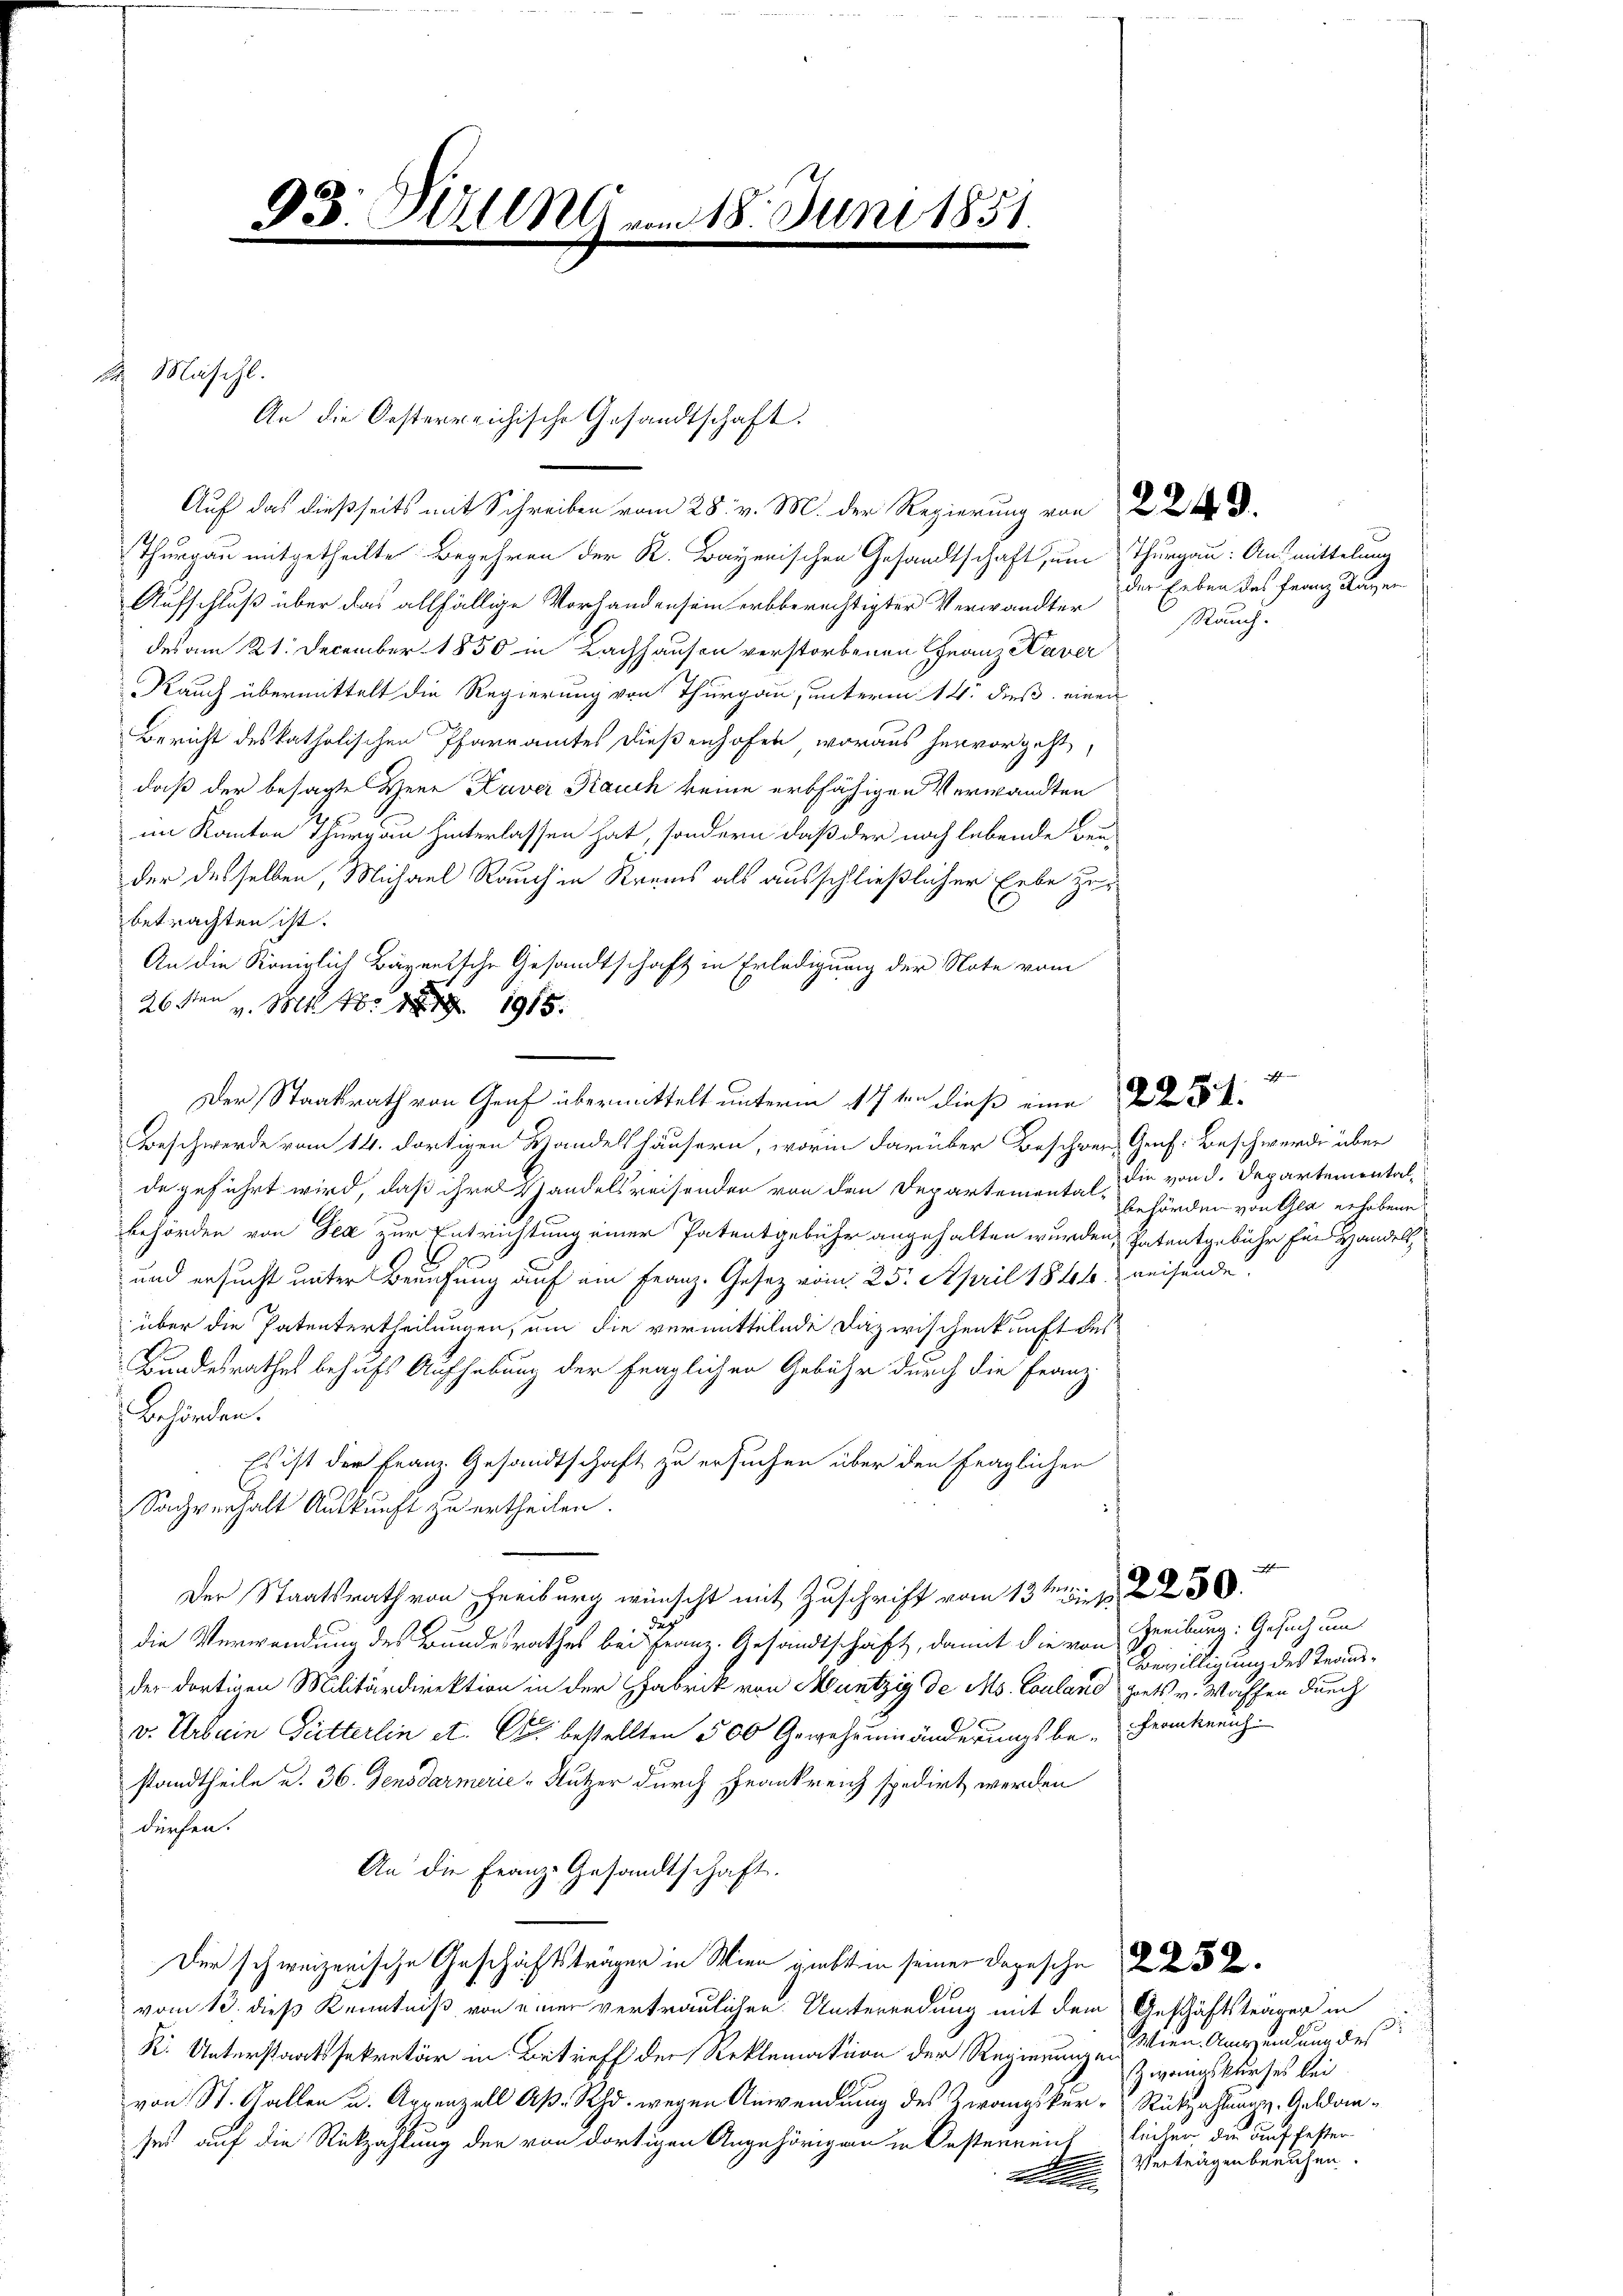
93. Mülln vom 18. Juni 1851.
e
.

2 Mäschl.
An die Oesterreichische Gesandtschaft.

Auf das dießseits mit Schreiben vom 28. v. M. der Regierung von
Thurgau mitgetheilte Begehren der K. Bayerischen Gesandtschaft, um Thurgau: Ausmittelung
Aufschluß über das allfällige Vorhandensein erbberechtigter Verwandter
des am 21. December 1850 in Lachhausen verstorbenen Franz Kaver
Rauch übermittelt die Regierung von Thurgau, unterm 14. dieß einen
Bericht des katholischen Pfarramtes dießenhofen, woraus hervorgeht,
daß der besagte Hene Kaver Kauch keine erbfähigen Verwandten
im Kanton Thurgau hinterlassen hat, sondern daß der noch lebende Beu
der desselben, Michael Rauch in Krams als ausschließlicher Erbe zur
betrachten ist.
An die Königlich Bärentsche Gesandtschaft in Erledigung der Note vom
26ten v. M. 1915
Beschwerde vom 14. dortigen Handelshäusern, worin darüber Beschwer, Genf. Beschwerde über
de geführt wird, daß ihres Handelsreisenden von den Departemental, die von d. Departemental
behörden von Fez zur Entrichtung einer Patentgebühr angehalten wurden, hatentgebühr für Handelt,
3
und ersucht unter Berufung auf ein Franz. Gesetz vom 25. April 1846. weisende
über die Patentertheilungen, um die vermittelnde Dazwischenkunft des
Bundesrathes behufs Aufhebung der fraglichen Gebühr durch die Franz¬
Behörden.
Es ist der Franz Gesandtschaft zu ersuchen über den fraglichen
Sachverhalt Auskunft zu ertheilen.
Der Staatsrath von Freiburg wünscht mit Zuschrift vom 13ten in
die Verwendung des Bandesrathes bei Franz. Gesandtschaft, damit die von Schreibung: Gesuch um
der dortigen Militärdirektion in der Fabrik von Muntzig de Ms. Couland ports v. Waffen durch
v. Urbain Gütterlin et. Er bestellten 500 Gewehrenänderungsbe-Frankreich
standtheile u. 36. Jensdarmerić - Nutzer durch Frankreich spedirt werden
dürfen.
An die Franz- Gesandtschaft.
Der schweizerische Geschäftsträgen in Wien giebt in seiner Depesche
vom 13. dieß Kenntniß von einer vertraulichen Unterendung mit dem Geschäftsträger in zu
R. Unterstaatssekretär in Betreff der Reklamation der Regierungen
von St. Gallen u. Appenzell A. Rh. wegen Anwendung des Zwangskur-Rükerstung. Geldansei auf die Rückzahlung der von dortigen Angehörigen in Oesterreich
e

Der Staatsrath von Graf übermittelt unterm 17ten dieß eine

der Erben des Franz Ragen
Rauch.

behörden von Gla erhobene

Bewilligung des Traus¬

Wien Anwendung des
Zwangskurses bei
leicher die auf festen
Verträgen beruhen.